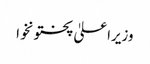
وزیراعلیٰ پختونخوا